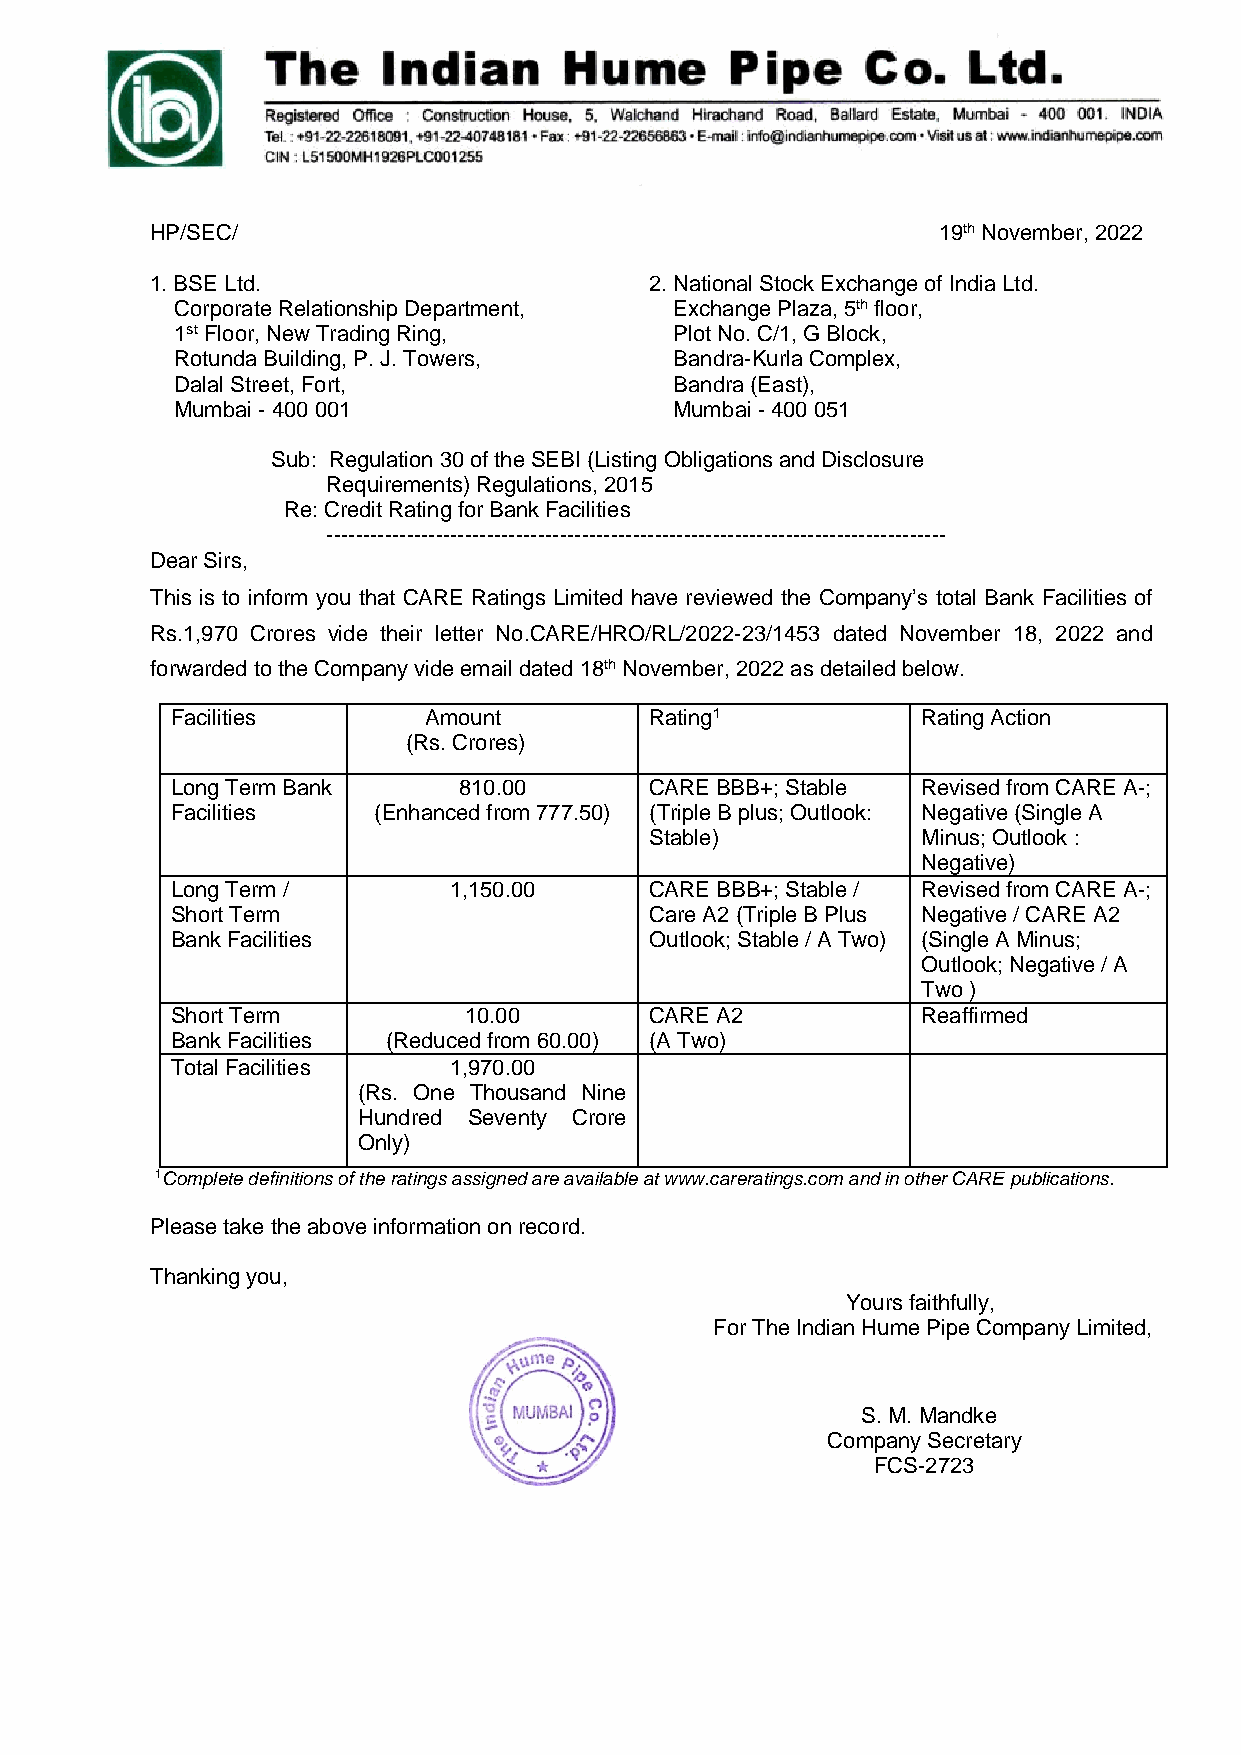
HP/SEC/                                             19th November, 2022
 1. BSE Ltd.                      2. National Stock Exchange of India Ltd.
 Corporate Relationship Department, Exchange Plaza, 5th floor,
 1st Floor, New Trading Ring,     Plot No. C/1, G Block,
 Rotunda Building, P. J. Towers,  Bandra-Kurla Complex,
 Dalal Street, Fort,              Bandra (East),
 Mumbai - 400 001                 Mumbai - 400 051
 Sub: Regulation 30 of the SEBI (Listing Obligations and Disclosure
 Requirements) Regulations, 2015
 Re: Credit Rating for Bank Facilities
 -------------------------------------------------------------------------------------
 Dear Sirs,
 This is to inform you that CARE Ratings Limited have reviewed the Company’s total Bank Facilities of
 Rs.1,970 Crores vide their letter No.CARE/HRO/RL/2022-23/1453 dated November 18, 2022 and
 forwarded to the Company vide email dated 18th November, 2022 as detailed below.
 Facilities       Amount         Rating1           Rating Action
 (Rs. Crores)
 Long Term Bank     810 .00      CARE BBB+; Stable Revised from CARE A-;
 Facilities    (Enhanced from 777.50) (Triple B plus; Outlook: Negative (Single A
 Stable)           Minus; Outlook :
 Negative)
 Long Term /        1,150.00     CARE BBB+; Stable / Revised from CARE A-;
 Short Term                      Care A2 (Triple B Plus Negative / CARE A2
 Bank Facilities                 Outlook; Stable / A Two) (Single A Minus;
 Outlook; Negative / A
 Two )
 Short Term          10.00       CARE A2           Reaffirmed
 Bank Facilities (Reduced from 60.00) (A Two)
 Total Facilities   1,970.00
 (Rs. One Thousand Nine
 Hundred Seventy Crore
 Only)
 1Complete definitions of the ratings assigned are available at www.careratings.com and in other CARE publications.
 Please take the above information on record.
 Thanking you,
 Yours faithfully,
 For The Indian Hume Pipe Company Limited,
 S. M. Mandke
 Company Secretary
 FCS-2723